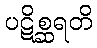
ပဋိစ္ဆရတိ